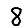
Digit: 8